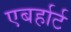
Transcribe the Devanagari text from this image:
एबर्हार्ट